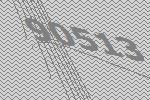
90513